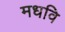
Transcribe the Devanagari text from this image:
मधवि